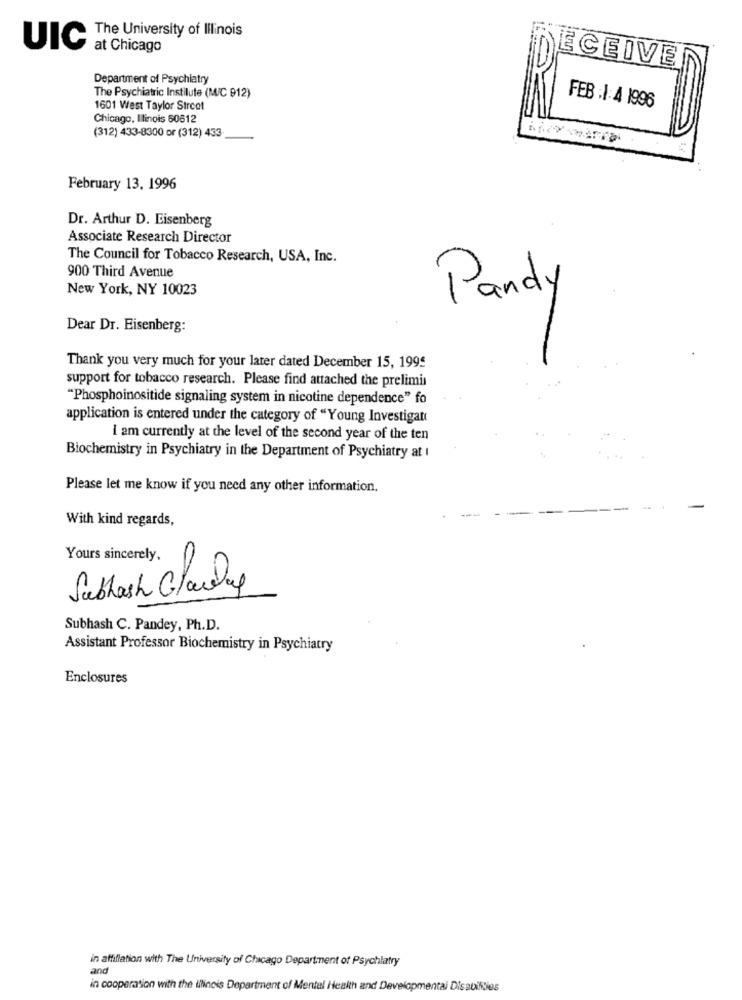
The University of Illinois
UIC
at Chicago
ECEIVE
Department of Psychiatry
The Psychiatric Institute (M/C 912)
1601 West Taylor Street
FEB :1:4 1996
Chicago, Illinois 60612
(312) 433-8300 or (312) 433
February 13, 1996
Dr. Arthur D. Eisenberg
Associate Research Director
The Council for Tobacco Research, USA, Inc.
900 Third Avenue
New York, NY 10023
Pandy
Dear Dr. Eisenberg:
Thank you very much for your later dated December 15, 1995
support for tobacco research. Please find attached the prelimin
"Phosphoinositide signaling system in nicotine dependence" fo
application is entered under the category of "Young Investigate
I am currently at the level of the second year of the ten
Biochemistry in Psychiatry in the Department of Psychiatry at I
Please let me know if you need any other information.
With kind regards,
Yours sincerely,
C
Subhash Charlie
Subhash C. Pandey, Ph.D.
Assistant Professor Biochemistry in Psychiatry
Enclosures
in affiflation with The University of Chicago Department of Psychiatry
and
in cooperation with the lilineis Department of Mental Health and Developmental Disabilities